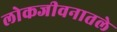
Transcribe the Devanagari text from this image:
लोकजीवनातले